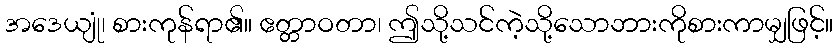
အဒေယျုံ၊ စားကုန်ရာ၏။ ဧတ္တာဝတာ၊ ဤသို့သင်ကဲ့သို့သောဘားကိုစားကာမျှဖြင့်။